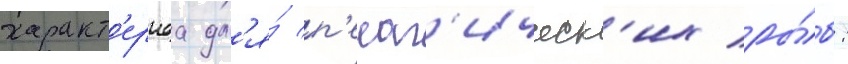
характ'ернаа дл'я́ п'елаг'ическ'их ры́б: